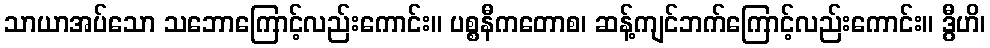
သာယာအပ်သော သဘောကြောင့်လည်းကောင်း။ ပစ္စနီကတောစ၊ ဆန့်ကျင်ဘက်ကြောင့်လည်းကောင်း။ ဒွီဟိ၊